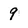
Character: 9